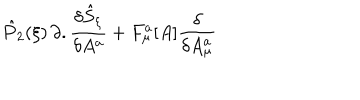
{ \hat { P } } _ { 2 } ( \xi ) \, \partial . \frac { \delta { \hat { S } } _ { \xi } } { \delta A ^ { a } } + F _ { \mu } ^ { a } [ A ] \frac { \delta } { \delta A _ { \mu } ^ { a } }